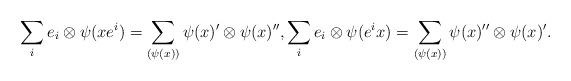
LaTeX: \begin{align*}\sum_i e_i\otimes \psi(x e^i)=\sum_{(\psi(x))}\psi (x)'\otimes \psi(x)'',\sum_i e_i\otimes\psi(e^i x)=\sum_{(\psi(x))}\psi (x)''\otimes\psi (x)'.\end{align*}